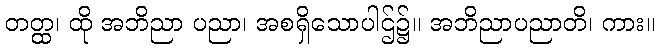
တတ္ထ၊ ထို အဘိညာ ပညာ၊ အစရှိသောပါဌ်၌။ အဘိညာပညာတိ၊ ကား။